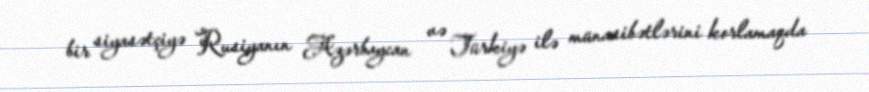
bir siyasətçiyə Rusiyanın Azərbaycan və Türkiyə ilə münasibətlərini korlamaqda